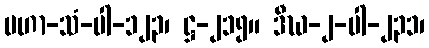
မဟာ-သံ-ပါ-၁၂၃၊ ဋ္ဌ-၂၁၅။ ဒီဃ-၂-ပါ-၂၃၁၊